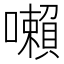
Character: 𡃤